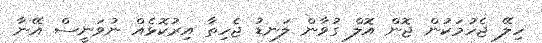
ހިލޭ ޖެހުމަކުން ޖޮން އޮލް ގުވާން ލަނޑު ޖެހިތާ އިރުކޮޅެއް ނުވަނީސް އޭނާ